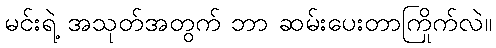
မင်းရဲ့ အသုတ်အတွက် ဘာ ဆမ်းပေးတာကြိုက်လဲ။